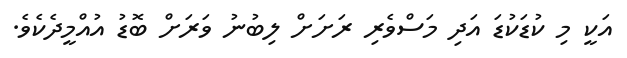
އަކީ މި ކުޑަކުޑަ އަދި މަސްވެރި ރަށަށް ލިބުނު ވަރަށް ބޮޑު އުއްމީދެކެވެ.